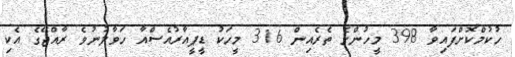
ހުކުމްކޮށްފައިވާ 398 މީހުންގެ ތެރެއިން 316 މީހަކު ޑީޕީއާރުއެސްއާ ހަވާލުނުވެ ރާއްޖޭގެ އެކި